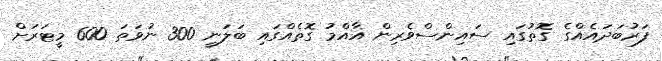
ފަރުބަދައެއްގެ ގޮތުގައި ސައިންސްވެރިން އާއްމު ގޮތެއްގައި ބަލަނީ 300 ނުވަތަ 600 މީޓަރަށް